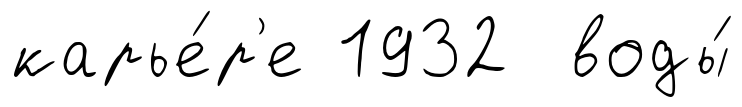
карье́р'е 1932 воды́